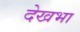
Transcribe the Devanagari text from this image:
देखभा